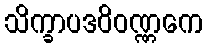
သိက္ခာပဒဝိဝဏ္ဏကေ